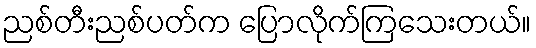
ညစ်တီးညစ်ပတ်က ပြောလိုက်ကြသေးတယ်။